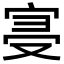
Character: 𡨞